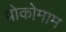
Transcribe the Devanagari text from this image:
पोकोमाम